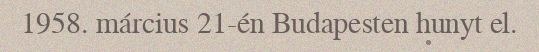
1958. március 21-én Budapesten hunyt el.